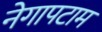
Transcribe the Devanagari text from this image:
नेगापटाम